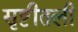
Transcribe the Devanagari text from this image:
सृष्टीतली